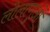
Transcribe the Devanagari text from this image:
लोलाणुओं